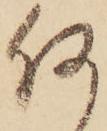
何